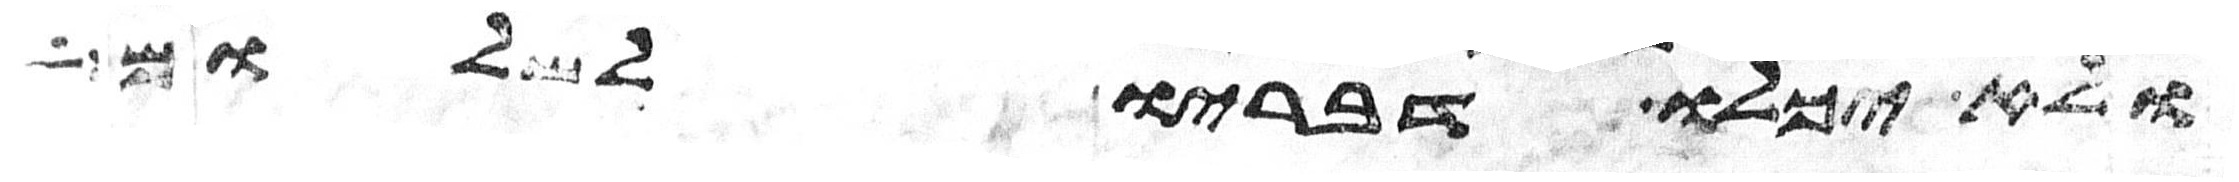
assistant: ולא יכלו דבריו לשלום